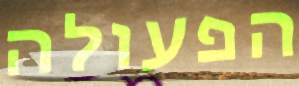
הפעולה